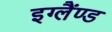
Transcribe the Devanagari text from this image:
इग्लैंण्ड